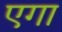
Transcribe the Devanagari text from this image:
एगा